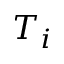
T _ { i }